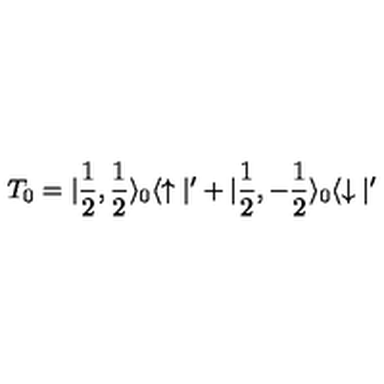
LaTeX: T _ { 0 } = | \frac { 1 } { 2 } , \frac { 1 } { 2 } \rangle _ { 0 } \langle \uparrow | ^ { \prime } + | \frac { 1 } { 2 } , - \frac { 1 } { 2 } \rangle _ { 0 } \langle \downarrow | ^ { \prime }